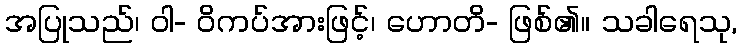
အပြုသည်၊ ဝါ- ဝိကပ်အားဖြင့်၊ ဟောတိ- ဖြစ်၏။ သခါရေသု,